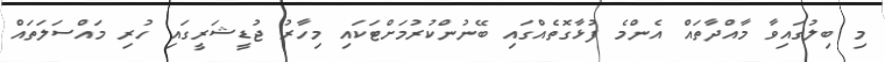
މި ބިލުގައިވާ މާއްދާތައް އެންމެ ފުޅާގޮތެއްގައި ބޭނުންކުރުމަށްޓަކައި މިހާރު ޖުޑީޝަރީގައި ހުރި މައްސަލަތައް